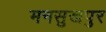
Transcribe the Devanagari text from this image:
मनसुखपुर